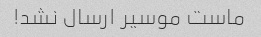
ماست موسیر ارسال نشد!